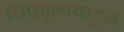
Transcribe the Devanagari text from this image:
चिपळूणकडून